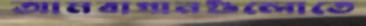
আমবাগানগুলোতে